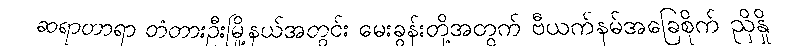
ဆရာတာရာ တံတားဦးမြို့နယ်အတွင်း မေးခွန်းတို့အတွက် ဗီယက်နမ်အခြေစိုက် ညှိနှို